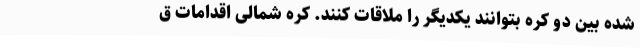
شده بین دو کره بتوانند یکدیگر را ملاقات کنند. کره شمالی اقدامات ق